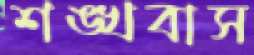
শঙ্খবাস